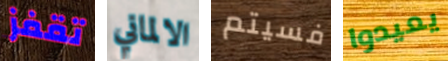
تقفز الالماني فسيتم يعيدوا